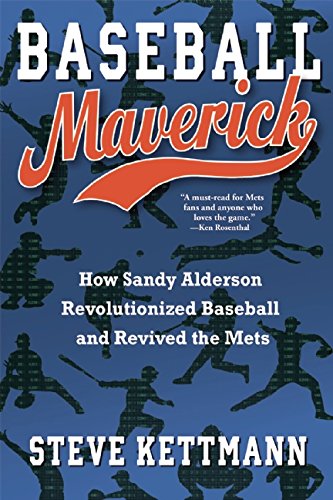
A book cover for Baseball Maverick: How Sandy Alderson Revolutionized Baseball and Revived the Mets; Steve Kettmann; Business & Money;